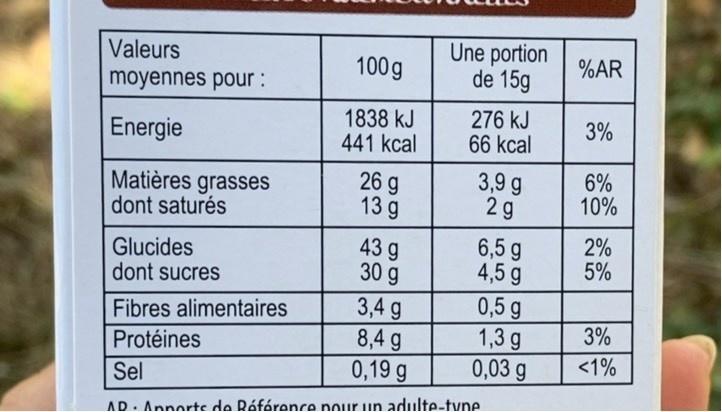
Une portion de 15g
Valeurs
100g
%AR
moyennes pour :
1838 kJ 441 kcal
276 kJ 66 kcal
3%
Energie
Matières grasses dont saturés
26 g 13 g
3,9 g 2g
6% 10%
Glucides dont sucres
43 g 30 g
6,5 g 4,5 g
2% 5%
3,4 g 8,4 g 0,19 g
0,5 g 1,3 g 0,03 g
Fibres alimentaires
3%
Protéines
<1%
Sel
AD
Annorts de Référence nour un adulte-tyne